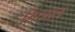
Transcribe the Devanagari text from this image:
मिखाल